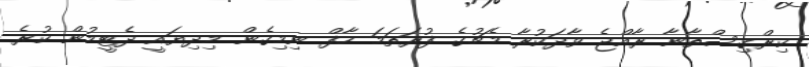
ކިރްގިސްތާނާ ރާއްޖެ ވާދަކުރާ މެޗުގެ ފުރަތަމަ ހާފް ނިމިގެން މިދިޔައީ ދެޓީމުން ކުރެ